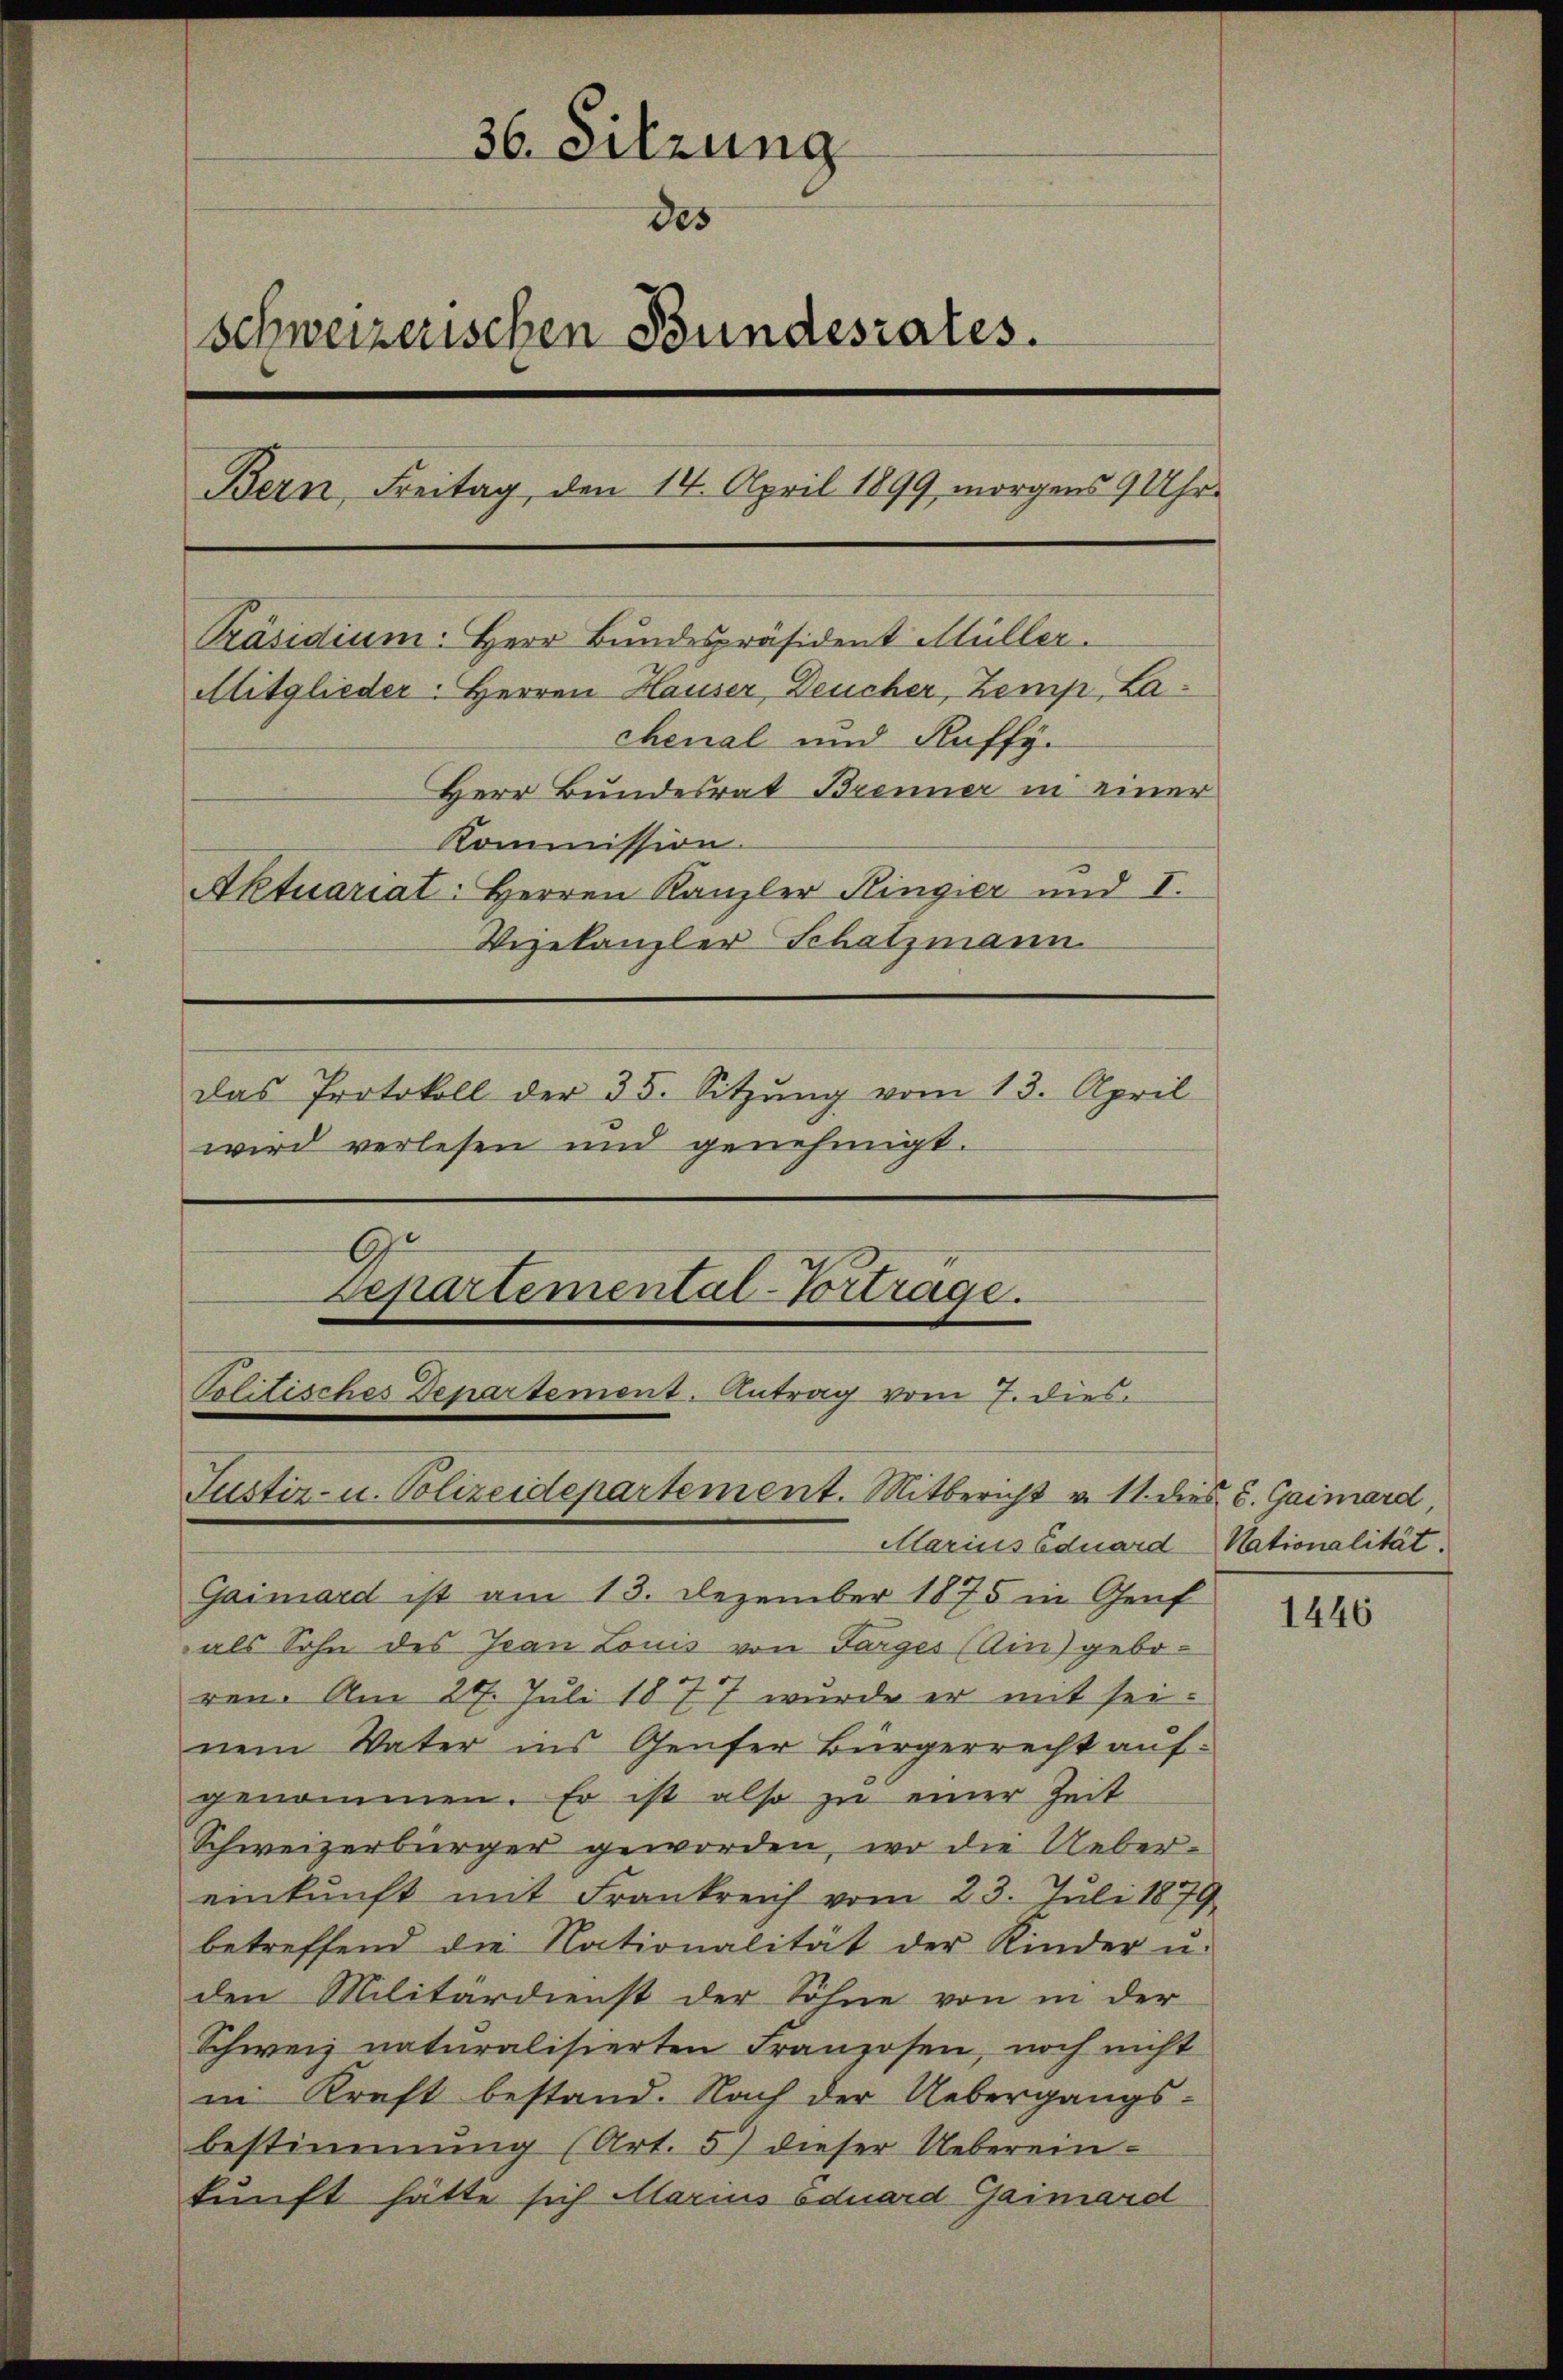
36. Sitzung
des
Schweizerischen Bundesrates.
Bern, Freitag, den 14. April 1899 morgens 9 Uhr
Präsidium: Herr Bundespräsident Müller.
Mitglieder: Herren Hauser, Deucher, Zemp, Lachenal und Kuffy.
Herr Bundesrat Brenner in einer
Kommission.
Aktuariat: Herren Kanzler Ringier und I.
Vizekanzler Schatzmann
Das Protokoll der 35. Sitzŭng vom 13. April
wird verlesen und genehmigt.
9.

Departemental-Vorträge.
Politisches Departement. Antrag vom 7. dies
Justiz- u. Polizeidepartement. Mitbericht v. 11. dies u. Gaimard,
Marius Eduard Nationalität.

Gaimard ist am 13. Dezember 1875 in Genf
als Sohn des Ivan Louis von Sarges (Ain) geboren. Am 27. Juli 1877 wurde er mit seinem Vater ins Genfer Bürgerrecht aufgenommen. Er ist also zu einer Zeit
Schweizerbürger geworden, wo die Uebereinkunft mit Frankreich vom 23. Juli 1879
betreffend die Nationalität der Kinder u.
den Militärdienst der Söhne von in der
Schweiz naturalisierten Franzosen, noch nicht
in Kraft bestand. Nach der Uebergangs-
bestimmung (Art. 5) dieser Ueberein-
kunft hätte sich Marius Eduard Gaimard

1446